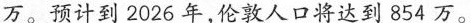
万。预计到2026年，伦敦人口将达到854万。